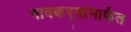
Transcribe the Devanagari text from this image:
गावकर्‍यांमार्फत